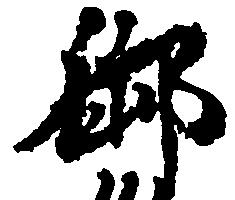
御